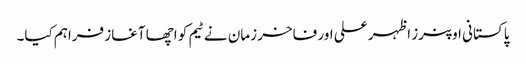
پاکستانی اوپنرز اظہر علی اور فاخر زمان نے ٹیم کو اچھا آغاز فراہم کیا۔